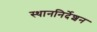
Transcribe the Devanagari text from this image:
स्थाननिर्देशन